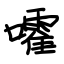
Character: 嚯